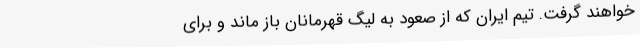
خواهند گرفت. تیم ایران که از صعود به لیگ قهرمانان باز ماند و برای